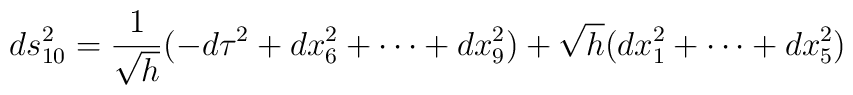
ds_{10}^2 = \frac{1}{\sqrt{h}} (- d \tau^2 + dx_6^2 + \cdots+ dx_9^2 ) + \sqrt{h} ( dx_1^2 + \cdots + dx_5^2  )